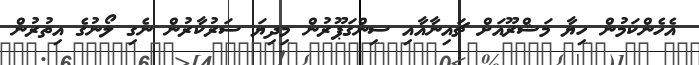
އެހެންކަމުން ހިޔާ މަޝްރޫއަށް ޗައިނާއާއި ސިންގަޕޫރުން މިދިޔަ ސަރުކާރުން ނެގި ލޯނުގެ އިތުރުން